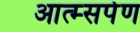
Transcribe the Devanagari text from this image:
आत्म्सर्पण